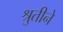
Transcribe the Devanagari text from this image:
श्रुतीने